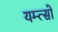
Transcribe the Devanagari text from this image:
यम्त्सो